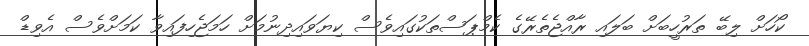
ކޯހަށް ލިބޭ ތަރުހީބަށް ބަލައި ރާއްޖެތެރޭގެ ކެމްޕަސްތަކުގައިވެސް ކިޔަވައިދިނުމަށް ހަމަޖެހިފައިވާ ކަމަށްވެސް އެވިޑް